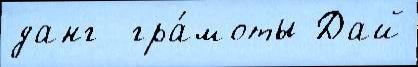
данг  гра́моты Дай